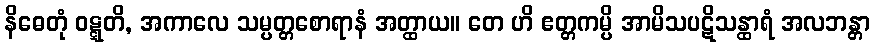
နိဓေတုံ ဝဋ္ဋတိ, အကာလေ သမ္ပတ္တစောရာနံ အတ္ထာယ။ တေ ဟိ ဧတ္တကမ္ပိ အာမိသပဋိသန္ထာရံ အလဘန္တာ